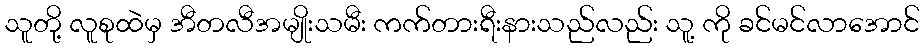
သူတို့ လူစုထဲမှ အီတလီအမျိုးသမီး ကက်တားရီးနားသည်လည်း သူ့ ကို ခင်မင်လာအောင်